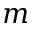
m